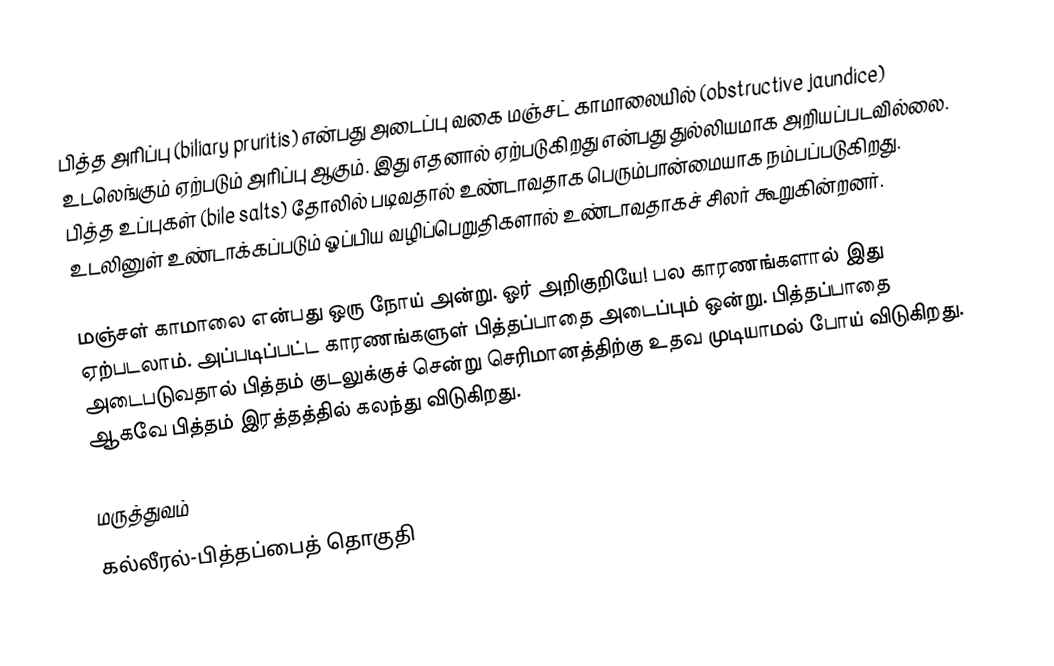
பித்த அரிப்பு (biliary pruritis) என்பது அடைப்பு வகை மஞ்சட் காமாலையில் (obstructive jaundice) உடலெங்கும் ஏற்படும் அரிப்பு ஆகும். இது எதனால் ஏற்படுகிறது என்பது துல்லியமாக அறியப்படவில்லை.  பித்த உப்புகள் (bile salts) தோலில் படிவதால் உண்டாவதாக பெரும்பான்மையாக நம்பப்படுகிறது. உடலினுள் உண்டாக்கப்படும் ஓப்பிய வழிப்பெறுதிகளால் உண்டாவதாகச் சிலர் கூறுகின்றனர்.

மஞ்சள் காமாலை என்பது ஒரு நோய் அன்று. ஓர் அறிகுறியே! பல காரணங்களால் இது ஏற்படலாம். அப்படிப்பட்ட காரணங்களுள் பித்தப்பாதை அடைப்பும் ஒன்று. பித்தப்பாதை அடைபடுவதால் பித்தம் குடலுக்குச் சென்று செரிமானத்திற்கு உதவ முடியாமல் போய் விடுகிறது. ஆகவே பித்தம் இரத்தத்தில் கலந்து விடுகிறது.

மருத்துவம்
கல்லீரல்-பித்தப்பைத் தொகுதி